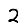
Digit: 2